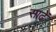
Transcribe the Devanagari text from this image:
साढें